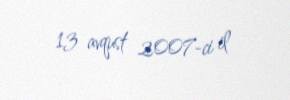
13 avqust 2007-ci il